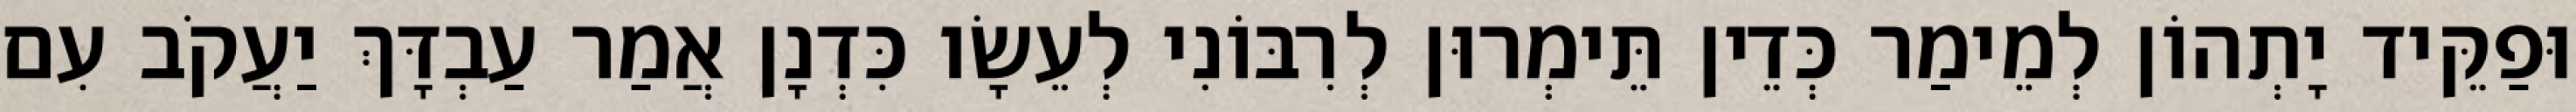
וּפַקֵּיד יָתְהוֹן לְמֵימַר כְּדֵין תֵּימְרוּן לְרִבּוֹנִי לְעֵשָׂו כִּדְנָן אֲמַר עַבְדָּךְ יַעֲקֹב עִם